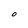
Character: O